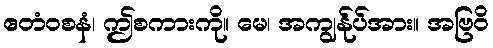
ဧတံဝစနံ၊ ဤစကားကို။ မေ၊ အကျွန်ုပ်အား။ အဗြဝိ